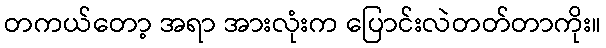
တကယ်တော့ အရာ အားလုံးက ပြောင်းလဲတတ်တာကိုး။